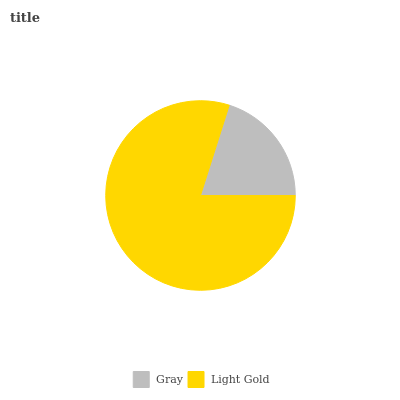
| Gray | Light Gold |
 | --- | --- |
 | 20.1% | 79.9% |